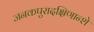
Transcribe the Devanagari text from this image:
जनकपुरादक्षिणान्शे